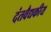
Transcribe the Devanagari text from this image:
दंतवैद्यकीय